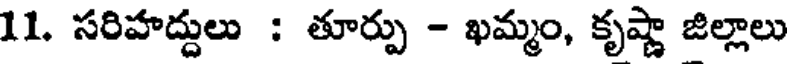
11. సరిహద్దులు : తూర్పు - ఖమ్మం, కృష్ణా జిల్లాలు